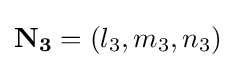
\mathbf {N_{3}} =(l_{3},m_{3},n_{3})